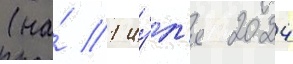
(на́ 1 иу́л'я 2024